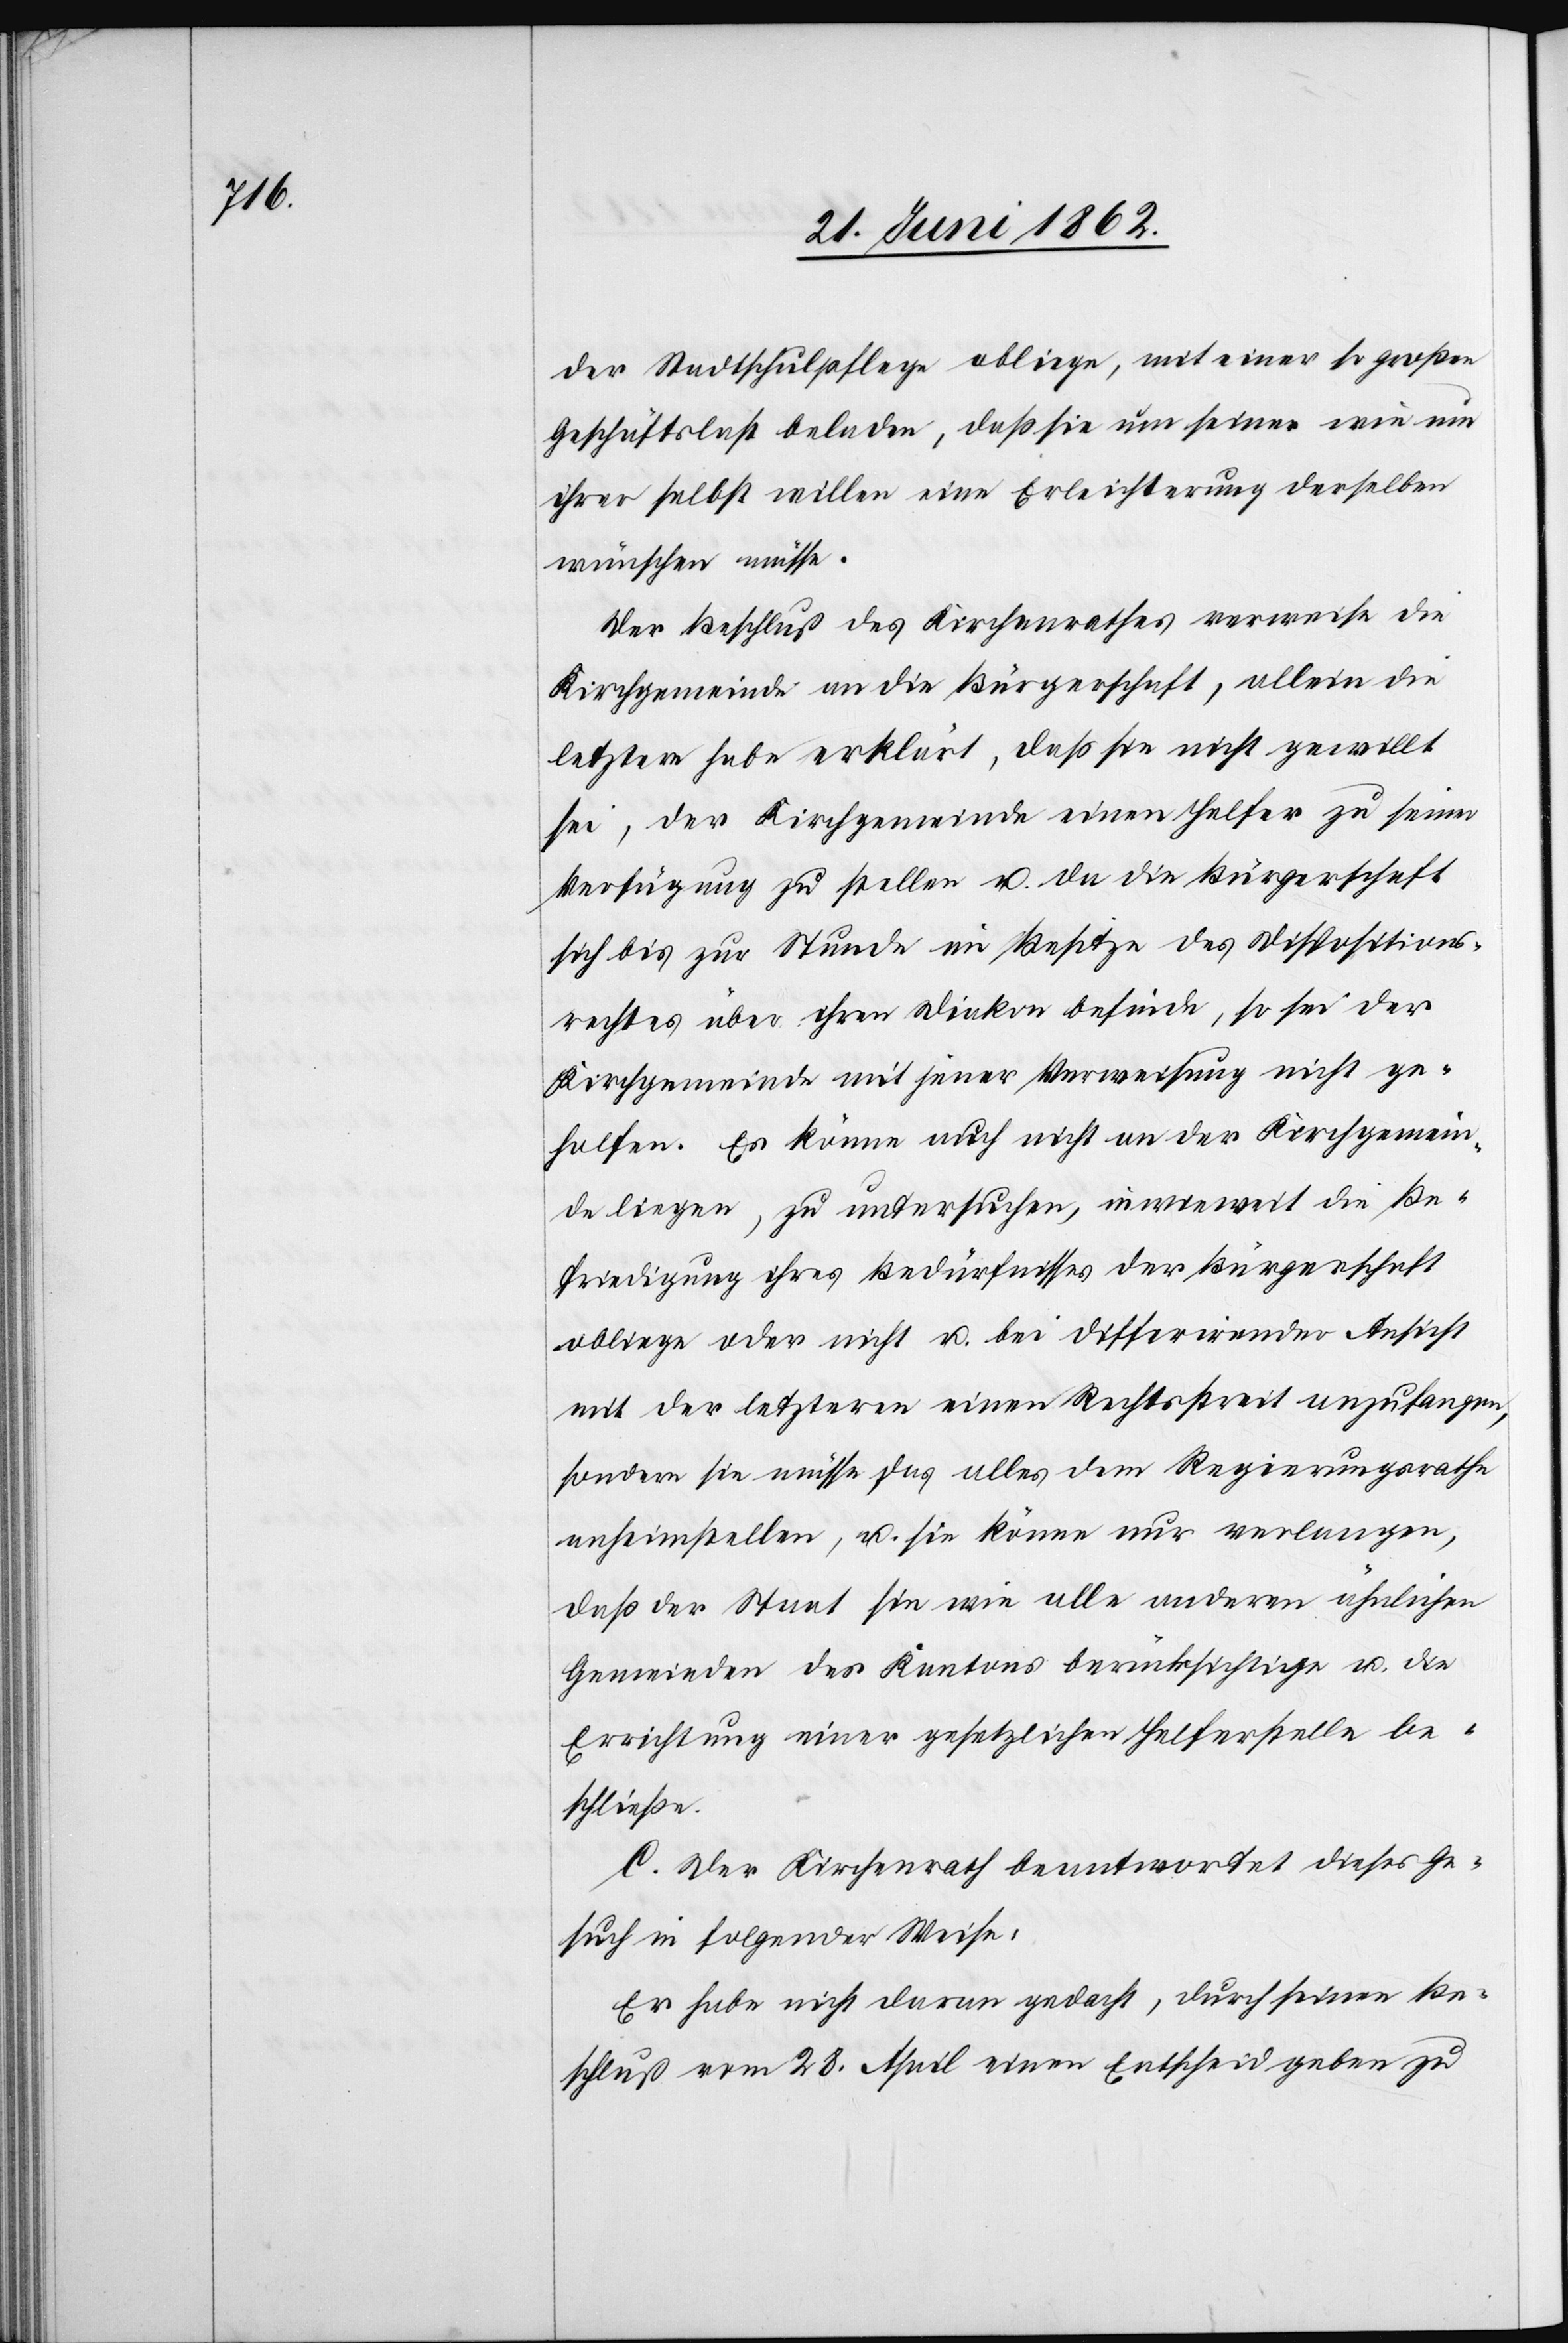
der Stadtschulpflege obliege, mit einer so großen
Geschäftslast beladen, daß sie um seiner wie um
ihrer selbst willen eine Erleichterung derselben
wünschen müsse.
Der Beschluß des Kirchenrathes verweise die
Kirchgemeinde an die Bürgerschaft, allein die
letztere habe erklärt, daß sie nicht gewillt
sei, der Kirchgemeinde einen Helfer zu seiner
Verfügung zu stellen u. da die Bürgerschaft
sich bis zur Stunde im Besitze des Dispositions¬
rechtes über ihren Diakon befinde, so sei der
Kirchgemeinde mit jener Verweisung nicht ge¬
holfen. Es könne auch nicht an der Kirchgemein¬
de liegen, zu untersuchen, inwieweit die Be¬
friedigung ihres Bedürfnisses der Bürgerschaft
obliege oder nicht u. bei Differirender Ansicht
mit der letzteren einen Rechtsstreit anzufangen,
sondern sie müsse das alles dem Regierungsrathe
anheimstellen, u. sie könne nur verlangen,
daß der Staat sie wie alle anderen ähnlichen
Gemeinden des Kantons berücksichtige u. die
Errichtung einer gesetzlichen Helferstelle be¬
schließe.
C. Der Kirchenrath beantwortet dieses Ge¬
such in folgender Weise.
Er habe nicht darum gedacht, durch seinen Be¬
schluß vom 28. April einen Entscheid geben zu